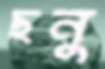
ছনু